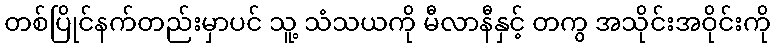
တစ်ပြိုင်နက်တည်းမှာပင် သူ့ သံသယကို မီလာနီနှင့် တကွ အသိုင်းအဝိုင်းကို